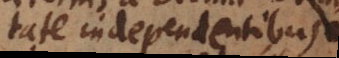
te independentibus